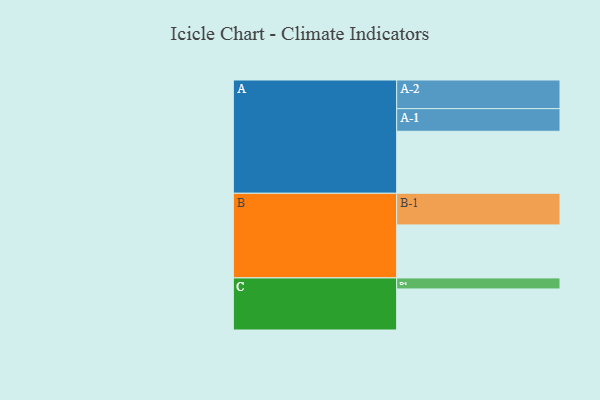
{"axis": {"x": "Segment", "y": "Value"}, "legend": ["", "A", "B", "C"], "data": [{"x": "A", "y": 461, "type": ""}, {"x": "B", "y": 394, "type": ""}, {"x": "C", "y": 305, "type": ""}, {"x": "A-1", "y": 168, "type": "A"}, {"x": "A-2", "y": 213, "type": "A"}, {"x": "B-1", "y": 235, "type": "B"}, {"x": "C-1", "y": 82, "type": "C"}]}